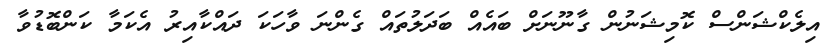
އިލެކްޝަންސް ކޮމިޝަނުން ގާނޫނަށް ބައެއް ބަދަލުތައް ގެންނަ ވާހަކަ ދައްކާއިރު އެކަމާ ކަންބޮޑުވާ